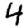
Digit: 4